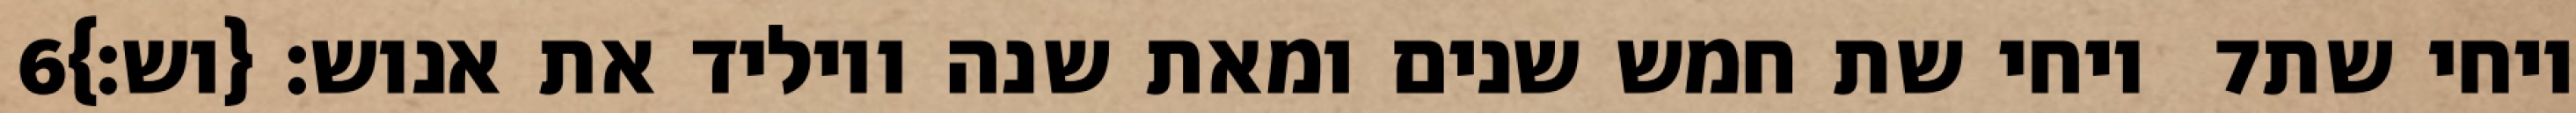
‎6‏ ויחי שת חמש שנים ומאת שנה ויוליד את אנוש׃ {וש׃} ‎7‏ ויחי שת